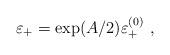
LaTeX: \begin{align*} \varepsilon_+=\exp(A/2)\varepsilon_+^{(0)}~,\end{align*}